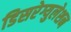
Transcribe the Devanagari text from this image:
डिसरेग्युलेशन